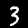
Digit: 3